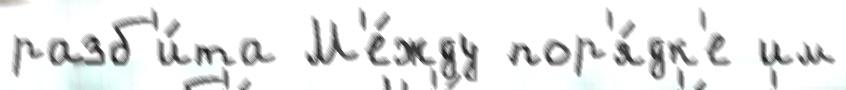
разб'и́та М'е́жду пор'я́дк'е им